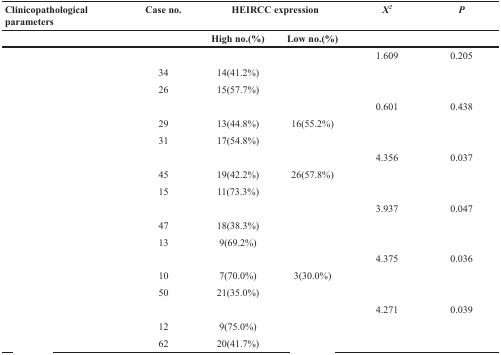
<table><thead><tr><td><b>Clinicopathological parameters</b></td><td><b>Case no.</b></td><td colspan="2"><b>HEIRCC expression</b></td><td><b><i>X<sup>2</sup></i></b></td><td><b><i>P</i></b></td></tr></thead><tbody><tr><td>[EMPTY_CELL]</td><td>[EMPTY_CELL]</td><td><b>High no.(%)</b></td><td><b>Low no.(%)</b></td><td>[EMPTY_CELL]</td><td>[EMPTY_CELL]</td></tr><tr><td>[EMPTY_CELL]</td><td>[EMPTY_CELL]</td><td>[EMPTY_CELL]</td><td>[EMPTY_CELL]</td><td>1.609</td><td>0.205</td></tr><tr><td>[EMPTY_CELL]</td><td>34</td><td>14(41.2%)</td><td>[EMPTY_CELL]</td><td>[EMPTY_CELL]</td><td>[EMPTY_CELL]</td></tr><tr><td>[EMPTY_CELL]</td><td>26</td><td>15(57.7%)</td><td>[EMPTY_CELL]</td><td>[EMPTY_CELL]</td><td>[EMPTY_CELL]</td></tr><tr><td>[EMPTY_CELL]</td><td>[EMPTY_CELL]</td><td>[EMPTY_CELL]</td><td>[EMPTY_CELL]</td><td>0.601</td><td>0.438</td></tr><tr><td>[EMPTY_CELL]</td><td>29</td><td>13(44.8%)</td><td>16(55.2%)</td><td>[EMPTY_CELL]</td><td>[EMPTY_CELL]</td></tr><tr><td>[EMPTY_CELL]</td><td>31</td><td>17(54.8%)</td><td>[EMPTY_CELL]</td><td>[EMPTY_CELL]</td><td>[EMPTY_CELL]</td></tr><tr><td>[EMPTY_CELL]</td><td>[EMPTY_CELL]</td><td>[EMPTY_CELL]</td><td>[EMPTY_CELL]</td><td>4.356</td><td>0.037</td></tr><tr><td>[EMPTY_CELL]</td><td>45</td><td>19(42.2%)</td><td>26(57.8%)</td><td>[EMPTY_CELL]</td><td>[EMPTY_CELL]</td></tr><tr><td>[EMPTY_CELL]</td><td>15</td><td>11(73.3%)</td><td>[EMPTY_CELL]</td><td>[EMPTY_CELL]</td><td>[EMPTY_CELL]</td></tr><tr><td>[EMPTY_CELL]</td><td>[EMPTY_CELL]</td><td>[EMPTY_CELL]</td><td>[EMPTY_CELL]</td><td>3.937</td><td>0.047</td></tr><tr><td>[EMPTY_CELL]</td><td>47</td><td>18(38.3%)</td><td>[EMPTY_CELL]</td><td>[EMPTY_CELL]</td><td>[EMPTY_CELL]</td></tr><tr><td>[EMPTY_CELL]</td><td>13</td><td>9(69.2%)</td><td>[EMPTY_CELL]</td><td>[EMPTY_CELL]</td><td>[EMPTY_CELL]</td></tr><tr><td>[EMPTY_CELL]</td><td>[EMPTY_CELL]</td><td>[EMPTY_CELL]</td><td>[EMPTY_CELL]</td><td>4.375</td><td>0.036</td></tr><tr><td>[EMPTY_CELL]</td><td>10</td><td>7(70.0%)</td><td>3(30.0%)</td><td>[EMPTY_CELL]</td><td>[EMPTY_CELL]</td></tr><tr><td>[EMPTY_CELL]</td><td>50</td><td>21(35.0%)</td><td>[EMPTY_CELL]</td><td>[EMPTY_CELL]</td><td>[EMPTY_CELL]</td></tr><tr><td>[EMPTY_CELL]</td><td>[EMPTY_CELL]</td><td>[EMPTY_CELL]</td><td>[EMPTY_CELL]</td><td>4.271</td><td>0.039</td></tr><tr><td>[EMPTY_CELL]</td><td>12</td><td>9(75.0%)</td><td>[EMPTY_CELL]</td><td>[EMPTY_CELL]</td><td>[EMPTY_CELL]</td></tr><tr><td>[EMPTY_CELL]</td><td>62</td><td>20(41.7%)</td><td>[EMPTY_CELL]</td><td>[EMPTY_CELL]</td><td>[EMPTY_CELL]</td></tr></tbody></table>